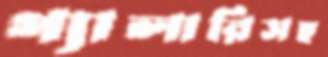
গ্যালারিসহ